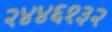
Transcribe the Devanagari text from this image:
२४४६१३२